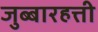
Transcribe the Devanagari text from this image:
जुब्बारहत्ती